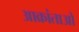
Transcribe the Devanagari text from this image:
आक्रांताओ